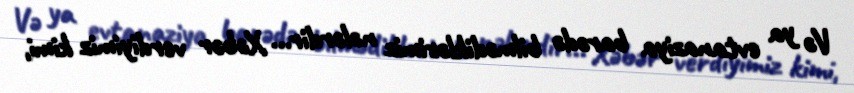
Və ya evtanaziya barədə bilmədiklərimiz nələrdir... Xəbər verdiyimiz kimi,